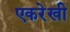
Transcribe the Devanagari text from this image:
एकरेखी